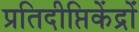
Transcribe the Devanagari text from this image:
प्रतिदीप्तिकेंद्रों